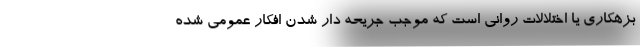
بزهکاری یا اختلالات روانی است که موجب جریحه دار شدن افکار عمومی شده